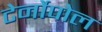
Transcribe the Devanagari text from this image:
टेर्नोपोल